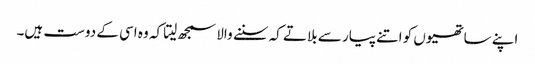
اپنے ساتھیوں کو اتنے پیار سے بلاتے کہ سننے والا سمجھ لیتا کہ وہ اسی کے دوست ہیں۔